Proceedings of the meeting of veterinary officers in India
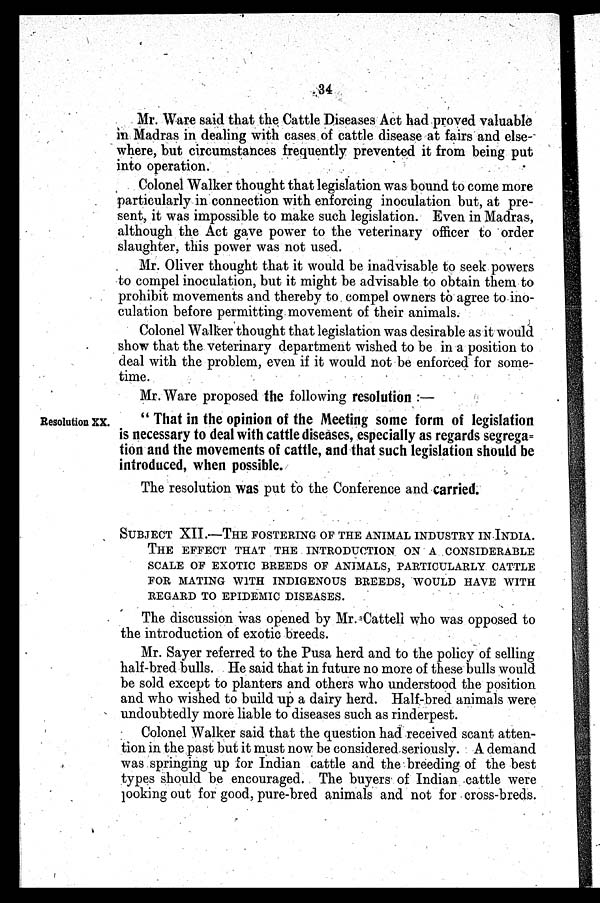
34
Mr. Ware said that the Cattle Diseases Act had proved valuable
in Madras in dealing with cases of cattle disease at fairs and else-
where, but circumstances frequently prevented it from being put
into operation.
Colonel Walker thought that legislation was bound to come more
particularly in connection with enforcing inoculation but, at pre-
sent, it was impossible to make such legislation. Even in Madras,
although the Act gave power to the veterinary officer to order
slaughter, this power was not used.
Mr. Oliver thought that it would be inadvisable to seek powers
to compel inoculation, but it might be advisable to obtain them to
prohibit movements and thereby to compel owners to agree to ino-
culation before permitting movement of their animals.
Colonel Walker thought that legislation was desirable as it would
show that the veterinary department wished to be in a position to
deal with the problem, even if it would not be enforced for some-
time.
Mr. Ware proposed the following resolution:—
Resolution XX.
"That in the opinion of the Meeting some form of legislation
is necessary to deal with cattle diseases, especially as regards segrega=
tion and the movements of cattle, and that such legislation should be
introduced, when possible.
The resolution was put to the Conference and carried.
SUBJECT XII.—THE FOSTERING OF THE ANIMAL INDUSTRY IN INDIA.
THE EFFECT THAT THE INTRODUCTION ON A CONSIDERABLE
SCALE OF EXOTIC BREEDS OF ANIMALS, PARTICULARLY CATTLE
FOR MATING WITH INDIGENOUS BREEDS, WOULD HAVE WITH
REGARD TO EPIDEMIC DISEASES.
The discussion was opened by Mr. Cattell who was opposed to
the introduction of exotic breeds.
Mr. Sayer referred to the Pusa herd and to the policy of selling
half-bred bulls. He said that in future no more of these bulls would
be sold except to planters and others who understood the position
and who wished to build up a dairy herd. Half-bred animals were
undoubtedly more liable to diseases such as rinderpest.
Colonel Walker said that the question had received scant atten-
tion in the past but it must now be considered seriously. A demand
was springing up for Indian cattle and the breeding of the best
types should be encouraged. The buyers of Indian cattle were
looking out for good, pure-bred animals and not for cross-breds.